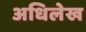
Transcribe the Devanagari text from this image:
अधिलेख